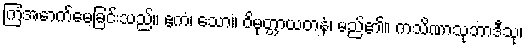
ကြံအောက်မေ့ခြင်းသည်။ ဧကံ၊ သော။ ဝိမုတ္တာယတနံ၊ မည်၏။ ကသိဏာသုဘာဒီသု၊